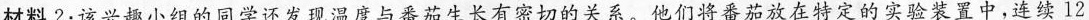
材料2：该兴趣小组的同学还发现温度与番茄生长有密切的关系。他们将番茄放在特定的实验装置中，连续12